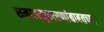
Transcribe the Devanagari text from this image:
समाजसुधारणांबाबतच्या